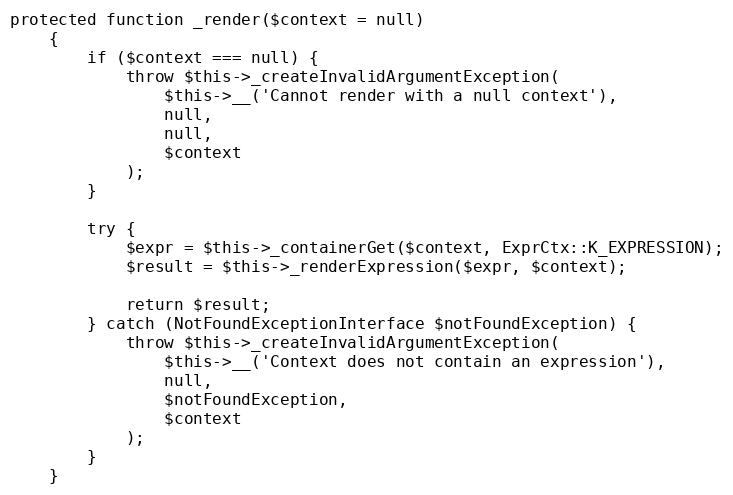
Language: PHP
protected function _render($context = null)
    {
        if ($context === null) {
            throw $this->_createInvalidArgumentException(
                $this->__('Cannot render with a null context'),
                null,
                null,
                $context
            );
        }

        try {
            $expr = $this->_containerGet($context, ExprCtx::K_EXPRESSION);
            $result = $this->_renderExpression($expr, $context);

            return $result;
        } catch (NotFoundExceptionInterface $notFoundException) {
            throw $this->_createInvalidArgumentException(
                $this->__('Context does not contain an expression'),
                null,
                $notFoundException,
                $context
            );
        }
    }